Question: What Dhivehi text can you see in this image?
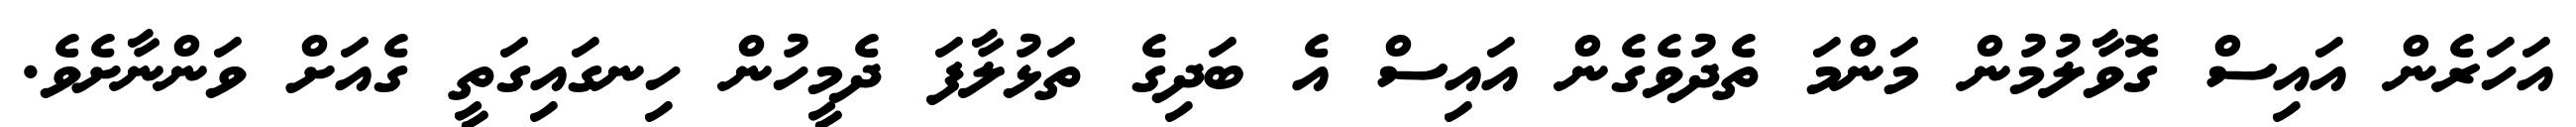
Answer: އަހަރެން އައިސް ގޮވާލުމުން މަންމަ ތެދުވެގެން އައިސް އެ ބަދިގެ ތަޅުލާފަ ދެމީހުން ހިނގައިގަތީ ގެއަށް ވަންނާށެވެ.